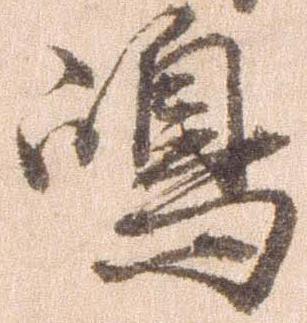
島